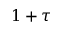
1 + \tau